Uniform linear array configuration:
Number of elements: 8
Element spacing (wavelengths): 0.75
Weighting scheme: uniform
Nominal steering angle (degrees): -15
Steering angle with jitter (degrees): -15.648
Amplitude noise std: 0.05
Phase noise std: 0.05

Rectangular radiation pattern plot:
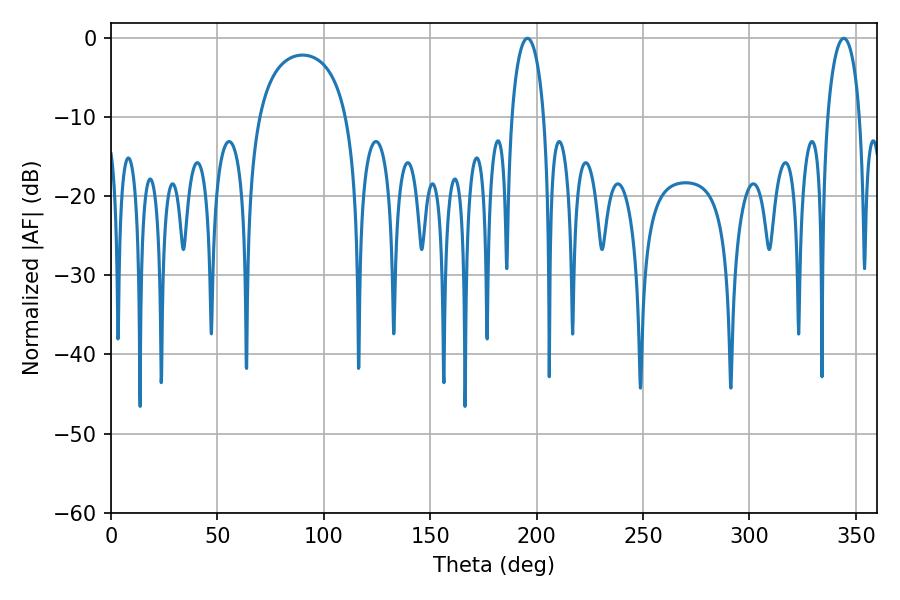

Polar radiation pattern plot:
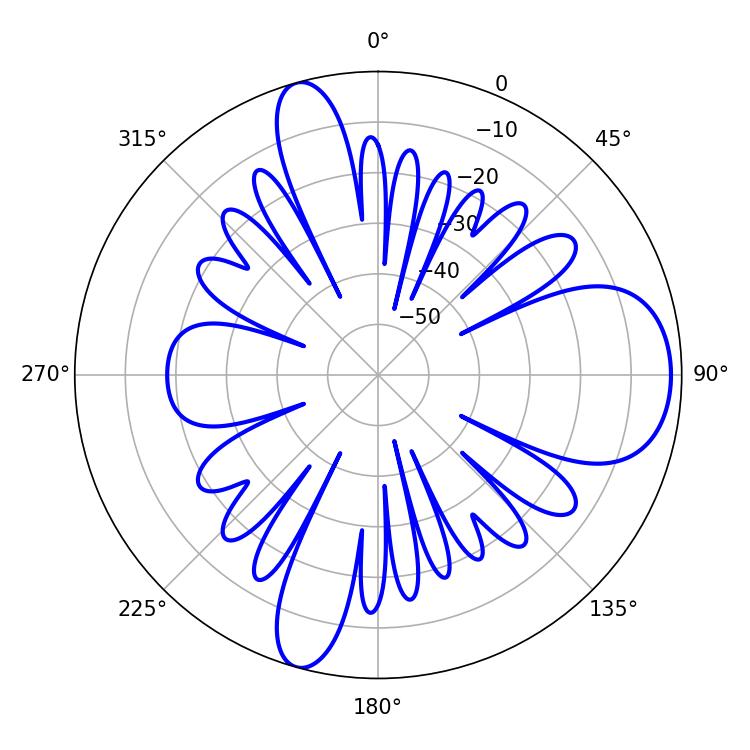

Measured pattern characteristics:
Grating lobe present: TRUE
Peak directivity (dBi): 9.765
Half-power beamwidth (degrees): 8.64
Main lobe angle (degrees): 195.66